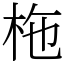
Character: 柂